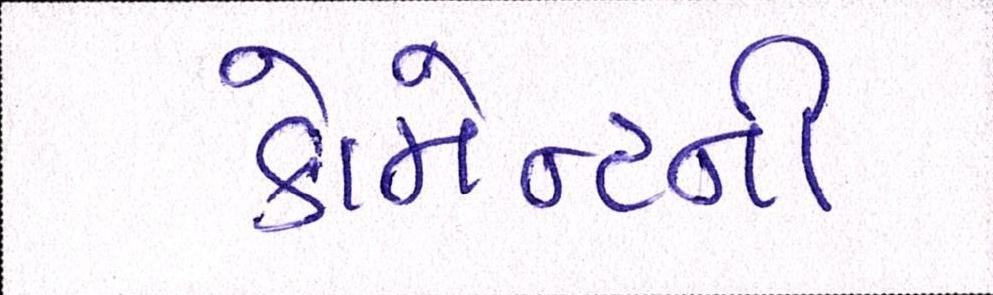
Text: કોમેન્ટની